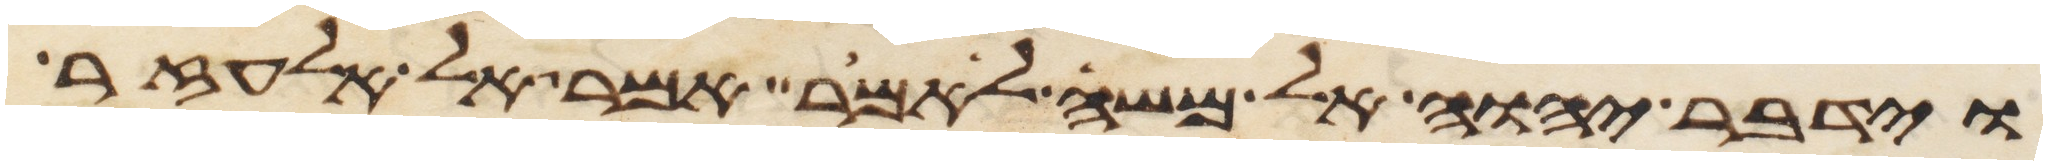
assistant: וידבר יהוה אל משה לאמר אמר אל אלעזר